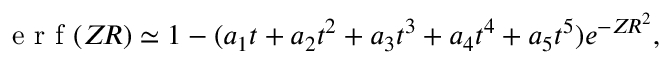
\textnormal { e r f } ( Z \! R ) \simeq 1 - ( a _ { 1 } t + a _ { 2 } t ^ { 2 } + a _ { 3 } t ^ { 3 } + a _ { 4 } t ^ { 4 } + a _ { 5 } t ^ { 5 } ) e ^ { - Z \! R ^ { 2 } } ,